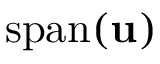
\operatorname { s p a n } ( \mathbf { u } )